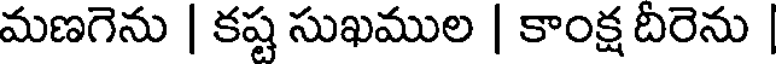
మణగెను | కష్ట సుఖముల | కాంక్ష దిరెను |